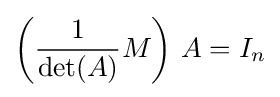
\left({\frac {1}{\det(A)}}M\right)\,A=I_{n}